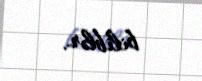
biliblər.